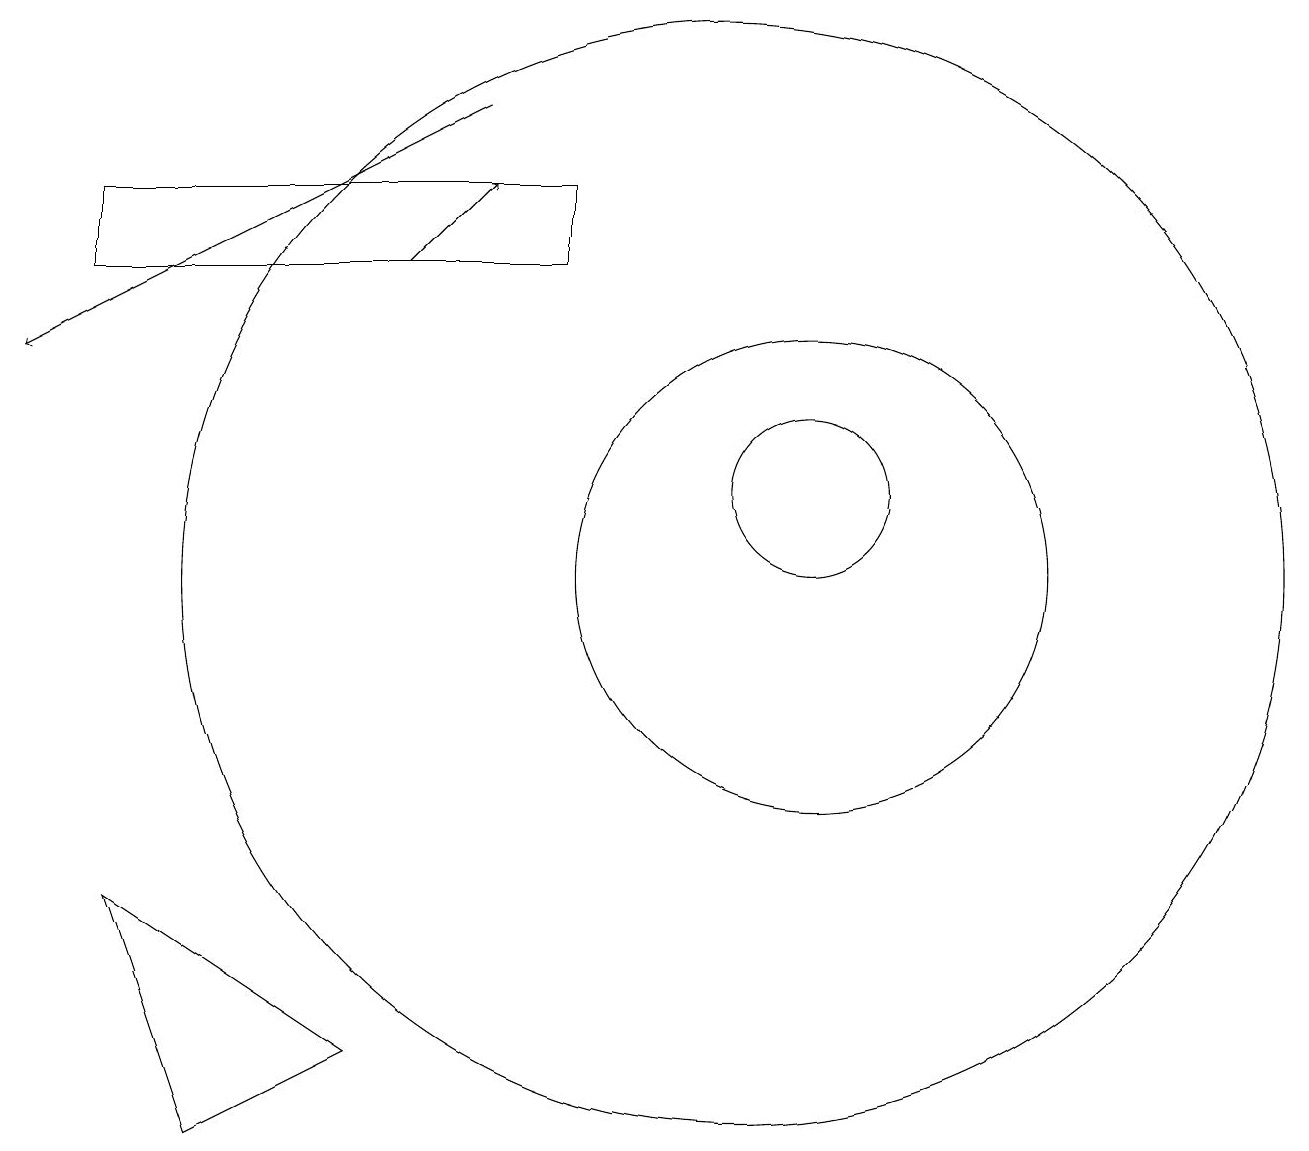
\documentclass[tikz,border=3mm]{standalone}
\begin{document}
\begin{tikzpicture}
\draw (11,11) circle (1);
\draw[->] (6,14) -- (7,15);
\draw (10,10) circle (7);
\draw[->] (7,16) -- (1,13);
\draw (5,4) -- (3,3) -- (2,6) -- cycle;
\draw (11,10) circle (3);
\draw (8,14) rectangle (2,15);
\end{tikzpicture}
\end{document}